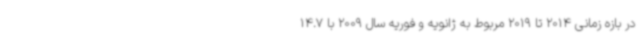
در بازه زمانی 2014 تا 2019 مربوط به ژانویه و فوریه سال 2009 با 14.7